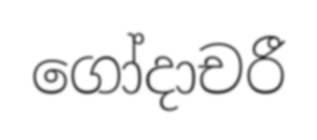
ගෝදාචරී